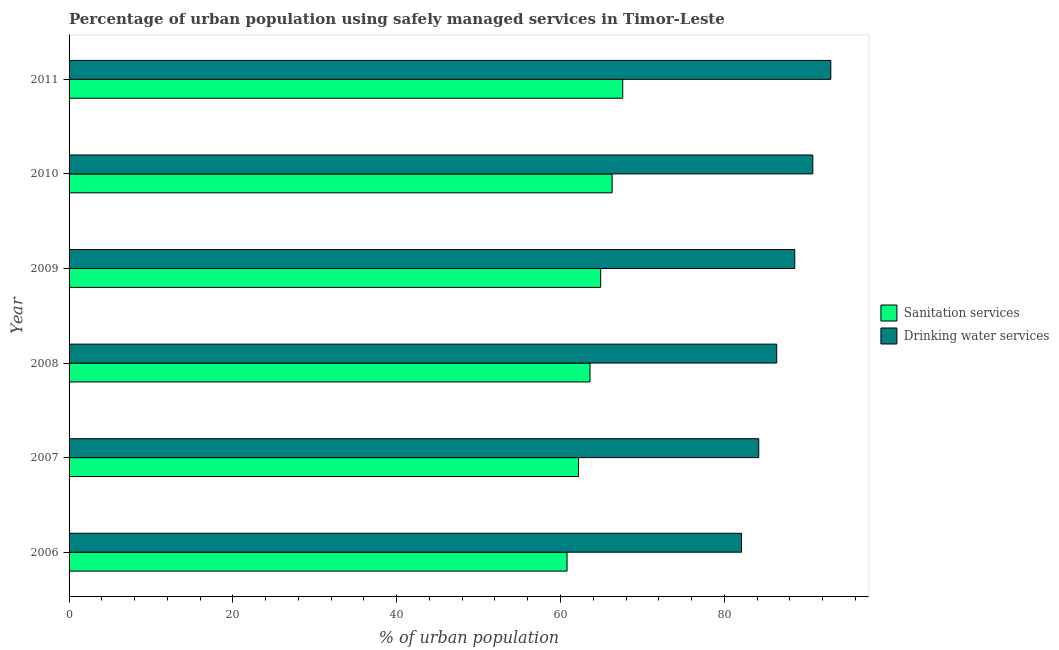
| Year | Sanitation services | Drinking water services |
 | --- | --- | --- |
 | 2006 | 60.8 | 82.1 |
 | 2007 | 62.2 | 84.2 |
 | 2008 | 63.6 | 86.4 |
 | 2009 | 64.9 | 88.6 |
 | 2010 | 66.3 | 90.8 |
 | 2011 | 67.6 | 93 |